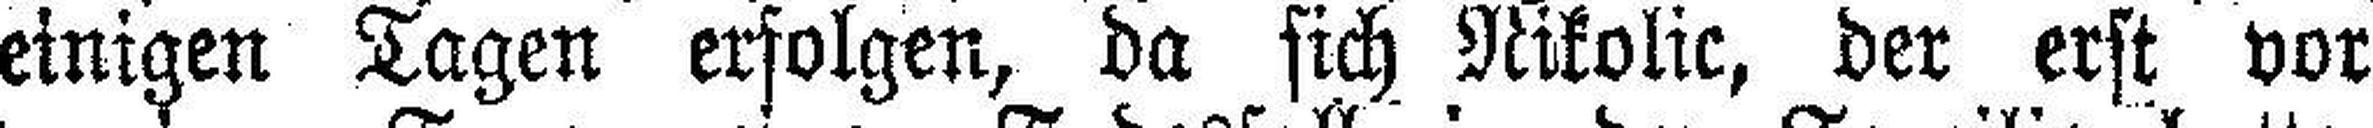
einigen Tagen erfolgen, da sich Nikolic, der erst vor